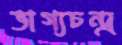
ভাগ্যচন্দ্র